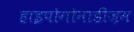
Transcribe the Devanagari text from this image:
हाइपोगोनाडीज़म